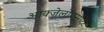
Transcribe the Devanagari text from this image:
आक्जेलोएसीटेट